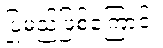
ပြုမည်ဖြစ်ကြောင်း